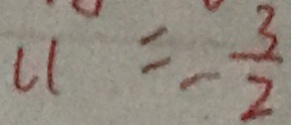
u = - \frac { 3 } { 2 }